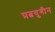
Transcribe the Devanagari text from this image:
प्रत्नयुगीन